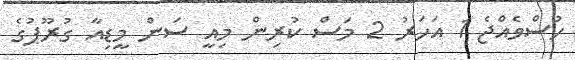
ހުސްވެއްޖެ 1 އަހަރު 2 މަސް ކުރިން މިއީ ސަން މީޑިއާ ގުރޫޕުގެ